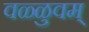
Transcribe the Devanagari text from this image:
वळ्ळुवम्